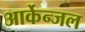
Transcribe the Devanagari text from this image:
आर्केन्जल